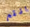
انتم